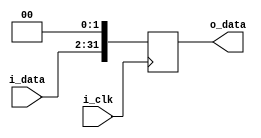
module pc_reg(
        i_clk,
        i_data,
        o_data
    );

    input i_clk;
    input [29:0] i_data;
    output reg [31:0] o_data;

    initial o_data = -1;

    always @(posedge i_clk) o_data = {i_data[29:0], 2'b0};

endmodule